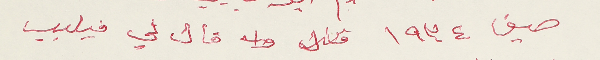
صيف ١٩٣٤ قال لي فيلبب